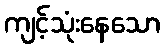
ကျင့်သုံးနေသော